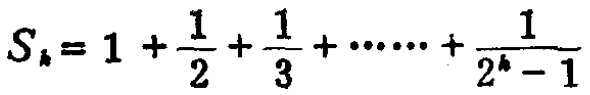
\[S_{k}=1 + \frac{1}{2}+\frac{1}{3}+\cdots\cdots+\frac{1}{2^{k}-1}\]